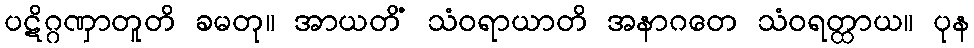
ပဋိဂ္ဂဏှာတူတိ ခမတု။ အာယတိံ သံဝရာယာတိ အနာဂတေ သံဝရတ္ထာယ။ ပုန